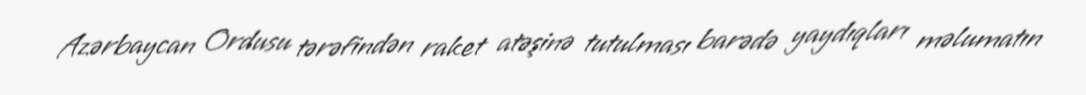
Azərbaycan Ordusu tərəfindən raket atəşinə tutulması barədə yaydıqları məlumatın